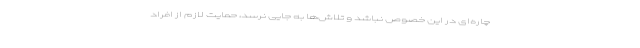
چاره‌ای در این خصوص نباشد و تلاش‌ها به جایی نرسد، حمایت لازم از افراد